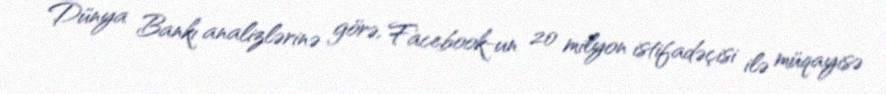
Dünya Bankı analizlərinə görə, Facebook-un 20 milyon istifadəçisi ilə müqayisə